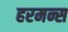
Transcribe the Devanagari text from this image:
हरमन्स